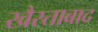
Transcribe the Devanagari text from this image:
खैरताबाद